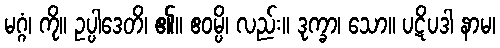
မဂ္ဂံ၊ ကို။ ဥပ္ပါဒေတိ၊ ၏။ ဧဝမ္ပိ၊ လည်း။ ဒုက္ခာ၊ သော။ ပဋိပဒါ နာမ၊